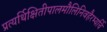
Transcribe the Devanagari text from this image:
प्रत्यर्थिक्षितीपालमौलिनिवहैरभ्यर्चि